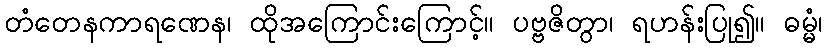
တံတေနကာရဏေန၊ ထိုအကြောင်းကြောင့်။ ပဗ္ဗဇိတွာ၊ ရဟန်းပြု၍။ ဓမ္မံ၊